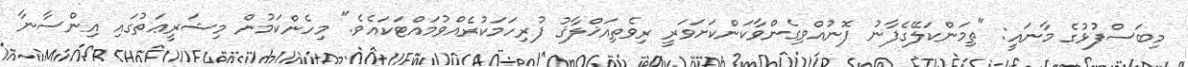
މިބަސްފުޅުގެ މާނައީ: "ތިމަންކަލޭގެފާނު ފޮނުއްވިގެންވާކަންކަށަވަރީ ރިވެތިއަޚްލާޤު ފުރިހަމަކުރެއްވުމައްޓަކައެވެ." މިހެންކަމުން މިޝަރީޢަތުގައި އިންސާނާ